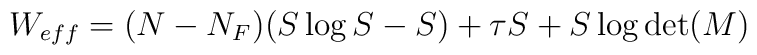
W_{eff} = (N-N_F) (S\log S-S)+\tau S + S \log\det(M)